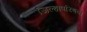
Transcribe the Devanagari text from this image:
जिल्हापरिषदा